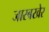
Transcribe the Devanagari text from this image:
जारबखेर